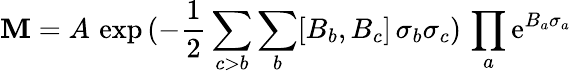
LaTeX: \mathbf{M}=A\, \exp\, (-\frac{{1}}{{2}}\sum_{c>b}\sum_{b}[B_{b},B_{c}]\, \sigma_{b}\sigma_{c})\, \prod_{a}\mathrm{{e}}^{B_{a}\sigma_{a}}